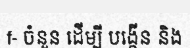
f- ចំនួន ដើម្បី បង្កើន និង